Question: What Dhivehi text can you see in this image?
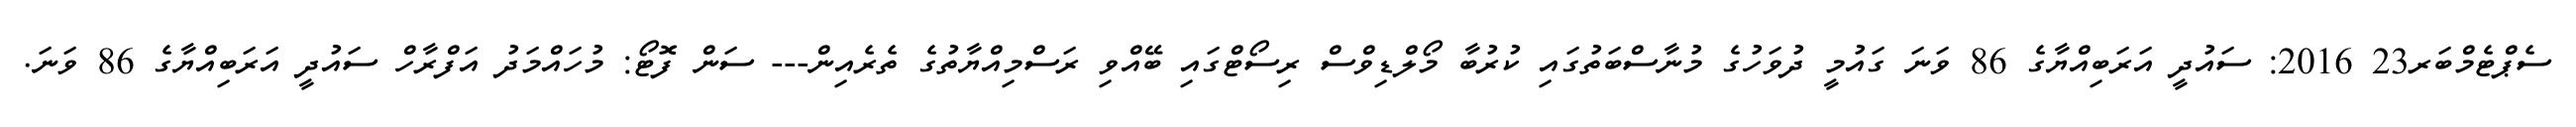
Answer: ސެޕްޓެމްބަރ23 2016: ސައުދީ އަރަބިއްޔާގެ 86 ވަނަ ގައުމީ ދުވަހުގެ މުނާސްބަތުގައި ކުރުބާ މޯލްޑިވްސް ރިސޯޓްގައި ބޭއްވި ރަސްމިއްޔާތުގެ ތެރެއިން--- ސަން ފޮޓޯ: މުހައްމަދު އަފްރާހް ސައުދީ އަރަބިއްޔާގެ 86 ވަނަ.